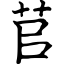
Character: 苢